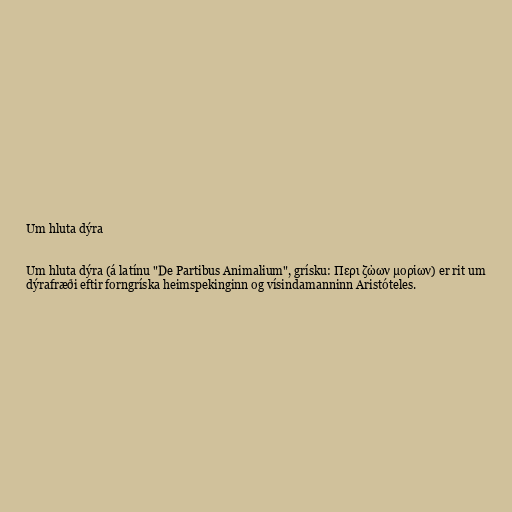
Um hluta dýra

Um hluta dýra (á latínu "De Partibus Animalium", grísku: Περι ζώων μορίων) er rit um
dýrafræði eftir forngríska heimspekinginn og vísindamanninn Aristóteles.